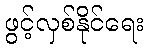
ဖွင့်လှစ်နိုင်ရေး